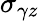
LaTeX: \sigma_{\gamma z}